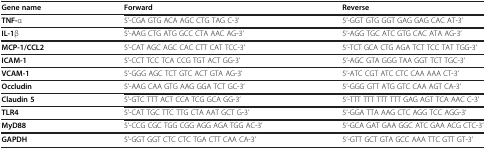
<table><thead><tr><td><b>Gene name</b></td><td><b>Forward</b></td><td><b>Reverse</b></td></tr></thead><tbody><tr><td><b>TNF-</b>α</td><td>5’-CGA GTG ACA AGC CTG TAG C-3’</td><td>5’-GGT GTG GGT GAG GAG CAC AT-3’</td></tr><tr><td><b>IL-1</b>β</td><td>5’-AAG CTG ATG GCC CTA AAC AG-3’</td><td>5’-AGG TGC ATC GTG CAC ATA AG-3’</td></tr><tr><td><b>MCP-1/CCL2</b></td><td>5’-CAT AGC AGC CAC CTT CAT TCC-3’</td><td>5’-TCT GCA CTG AGA TCT TCC TAT TGG-3’</td></tr><tr><td><b>ICAM-1</b></td><td>5’-CCT TCC TCA CCG TGT ACT GG-3’</td><td>5’-AGC GTA GGG TAA GGT TCT TGC-3’</td></tr><tr><td><b>VCAM-1</b></td><td>5’-GGG AGC TCT GTC ACT GTA AG-3’</td><td>5’-ATC CGT ATC CTC CAA AAA CT-3’</td></tr><tr><td><b>Occludin</b></td><td>5’-AAG CAA GTG AAG GGA TCT GC-3’</td><td>5’-GGG GTT ATG GTC CAA AGT CA-3’</td></tr><tr><td><b>Claudin 5</b></td><td>5’-GTC TTT ACT CCA TCG GCA GG-3’</td><td>5’-TTT TTT TTT TTT GAG AGT TCA AAC C-3’</td></tr><tr><td><b>TLR4</b></td><td>5’-CAT TGC TTC TTG CTA AAT GCT G-3’</td><td>5’-GGA TTA AAG CTC AGG TCC AGG-3’</td></tr><tr><td><b>MyD88</b></td><td>5’-CCG CGC TGG CGG AGG AGA TGG AC-3’</td><td>5’-GCA GAT GAA GGC ATC GAA ACG CTC-3’</td></tr><tr><td><b>GAPDH</b></td><td>5’-GGT GGT CTC CTC TGA CTT CAA CA-3’</td><td>5’-GTT GCT GTA GCC AAA TTC GTT GT-3’</td></tr></tbody></table>